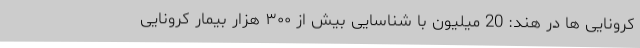
کرونایی ها در هند: 20 میلیون با شناسایی بیش از ۳۰۰ هزار بیمار کرونایی